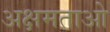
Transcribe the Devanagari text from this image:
अक्षमताओ